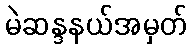
မဲဆန္ဒနယ်အမှတ်